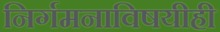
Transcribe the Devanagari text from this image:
निर्गमनाविषयीही